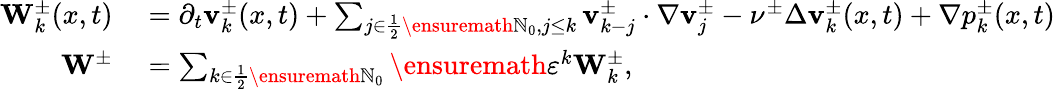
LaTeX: \begin{array}{rl}{\mathbf{W}_{k}^{\pm}(x,t)}&{{}=\partial_{t}\mathbf{v}_{k}^{\pm}(x,t)+\sum_{j\in\frac 12\ensuremath{\mathbb{N}}_{0},j\leq k}\mathbf{v}_{k-j}^{\pm}\cdot\nabla\mathbf{v}_{j}^{\pm}-\nu^{\pm}\Delta\mathbf{v}_{k}^{\pm}(x,t)+\nabla p_{k}^{\pm}(x,t)}\\ {\mathbf{W}^{\pm}}&{{}=\sum_{k\in\frac 12\ensuremath{\mathbb{N}}_{0}}\ensuremath{\varepsilon}^{k}\mathbf{W}_{k}^{\pm},}\end{array}